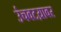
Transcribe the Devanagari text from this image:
उंचवटय़ावर